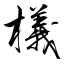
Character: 檥